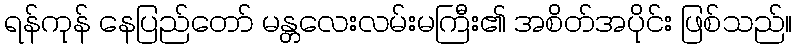
ရန်ကုန် နေပြည်တော် မန္တလေးလမ်းမကြီး၏ အစိတ်အပိုင်း ဖြစ်သည်။